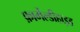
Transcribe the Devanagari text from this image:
फ़ार्मेल्डीहाइड